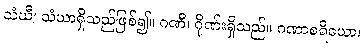
သံဃီ၊ သံဃာရှိသည်ဖြစ်၍။ ဂဏီ၊ ဂိုဏ်းရှိသည်။ ဂဏာစရိယော၊